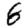
Digit: 8